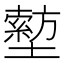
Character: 𡒙